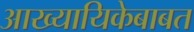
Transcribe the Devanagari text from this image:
आख्यायिकेबाबत